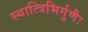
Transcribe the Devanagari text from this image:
स्यात्त्रिभिर्गुणैः